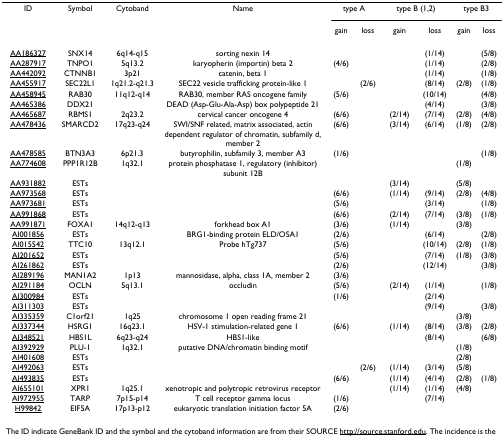
<table><thead><tr><td><b>ID</b></td><td><b>Symbol</b></td><td><b>Cytoband</b></td><td><b>Name</b></td><td colspan="2"><b>type A</b></td><td colspan="2"><b>type B (1,2)</b></td><td colspan="2"><b>type B3</b></td></tr><tr><td></td><td></td><td></td><td></td><td><b>gain</b></td><td><b>loss</b></td><td><b>gain</b></td><td><b>loss</b></td><td><b>gain</b></td><td><b>loss</b></td></tr></thead><tbody><tr><td>AA186327</td><td>SNX14</td><td>6q14-q15</td><td>sorting nexin 14</td><td></td><td></td><td></td><td>(1/14)</td><td></td><td>(5/8)</td></tr><tr><td>AA287917</td><td>TNPO1</td><td>5q13.2</td><td>karyopherin (importin) beta 2</td><td>(4/6)</td><td></td><td></td><td>(1/14)</td><td></td><td>(2/8)</td></tr><tr><td>AA442092</td><td>CTNNB1</td><td>3p21</td><td>catenin, beta 1</td><td></td><td></td><td></td><td>(1/14)</td><td></td><td>(1/8)</td></tr><tr><td>AA455917</td><td>SEC22L1</td><td>1q21.2-q21.3</td><td>SEC22 vesicle trafficking protein-like 1</td><td></td><td>(2/6)</td><td></td><td>(8/14)</td><td>(2/8)</td><td>(1/8)</td></tr><tr><td>AA458945</td><td>RAB30</td><td>11q12-q14</td><td>RAB30, member RAS oncogene family</td><td>(5/6)</td><td></td><td></td><td>(10/14)</td><td></td><td>(4/8)</td></tr><tr><td>AA465386</td><td>DDX21</td><td></td><td>DEAD (Asp-Glu-Ala-Asp) box polypeptide 21</td><td></td><td></td><td></td><td>(4/14)</td><td></td><td>(3/8)</td></tr><tr><td>AA465687</td><td>RBMS1</td><td>2q23.2</td><td>cervical cancer oncogene 4</td><td>(6/6)</td><td></td><td>(2/14)</td><td>(7/14)</td><td>(2/8)</td><td>(4/8)</td></tr><tr><td>AA478436</td><td>SMARCD2</td><td>17q23-q24</td><td>SWI/SNF related, matrix associated, actin dependent regulator of chromatin, subfamily d, member 2</td><td>(6/6)</td><td></td><td>(3/14)</td><td>(6/14)</td><td>(1/8)</td><td>(2/8)</td></tr><tr><td>AA478585</td><td>BTN3A3</td><td>6p21.3</td><td>butyrophilin, subfamily 3, member A3</td><td>(1/6)</td><td></td><td></td><td></td><td></td><td>(1/8)</td></tr><tr><td>AA774608</td><td>PPP1R12B</td><td>1q32.1</td><td>protein phosphatase 1, regulatory (inhibitor) subunit 12B</td><td></td><td></td><td></td><td></td><td>(1/8)</td><td></td></tr><tr><td>AA931882</td><td>ESTs</td><td></td><td></td><td></td><td></td><td>(3/14)</td><td></td><td>(5/8)</td><td></td></tr><tr><td>AA973568</td><td>ESTs</td><td></td><td></td><td>(6/6)</td><td></td><td>(1/14)</td><td>(9/14)</td><td>(2/8)</td><td>(4/8)</td></tr><tr><td>AA973681</td><td>ESTs</td><td></td><td></td><td>(5/6)</td><td></td><td></td><td>(3/14)</td><td></td><td>(1/8)</td></tr><tr><td>AA991868</td><td>ESTs</td><td></td><td></td><td>(6/6)</td><td></td><td>(2/14)</td><td>(7/14)</td><td>(3/8)</td><td>(1/8)</td></tr><tr><td>AA991871</td><td>FOXA1</td><td>14q12-q13</td><td>forkhead box A1</td><td>(3/6)</td><td></td><td>(1/14)</td><td></td><td>(3/8)</td><td></td></tr><tr><td>AI001856</td><td>ESTs</td><td></td><td>BRG1-binding protein ELD/OSA1</td><td>(2/6)</td><td></td><td></td><td>(6/14)</td><td></td><td>(2/8)</td></tr><tr><td>AI015542</td><td>TTC10</td><td>13q12.1</td><td>Probe hTg737</td><td>(5/6)</td><td></td><td></td><td>(10/14)</td><td>(2/8)</td><td>(1/8)</td></tr><tr><td>AI201652</td><td>ESTs</td><td></td><td></td><td>(5/6)</td><td></td><td></td><td>(7/14)</td><td>(1/8)</td><td>(3/8)</td></tr><tr><td>AI261862</td><td>ESTs</td><td></td><td></td><td>(2/6)</td><td></td><td></td><td>(12/14)</td><td></td><td>(3/8)</td></tr><tr><td>AI289196</td><td>MAN1A2</td><td>1p13</td><td>mannosidase, alpha, class 1A, member 2</td><td>(3/6)</td><td></td><td></td><td></td><td></td><td></td></tr><tr><td>AI291184</td><td>OCLN</td><td>5q13.1</td><td>occludin</td><td>(5/6)</td><td></td><td>(2/14)</td><td>(1/14)</td><td></td><td>(1/8)</td></tr><tr><td>AI300984</td><td>ESTs</td><td></td><td></td><td>(1/6)</td><td></td><td></td><td>(2/14)</td><td></td><td></td></tr><tr><td>AI311303</td><td>ESTs</td><td></td><td></td><td></td><td></td><td></td><td>(9/14)</td><td></td><td>(3/8)</td></tr><tr><td>AI335359</td><td>C1orf21</td><td>1q25</td><td>chromosome 1 open reading frame 21</td><td></td><td></td><td></td><td></td><td>(3/8)</td><td></td></tr><tr><td>AI337344</td><td>HSRG1</td><td>16q23.1</td><td>HSV-1 stimulation-related gene 1</td><td>(6/6)</td><td></td><td>(1/14)</td><td>(8/14)</td><td>(3/8)</td><td>(2/8)</td></tr><tr><td>AI348521</td><td>HBS1L</td><td>6q23-q24</td><td>HBS1-like</td><td></td><td></td><td></td><td>(8/14)</td><td></td><td>(6/8)</td></tr><tr><td>AI392929</td><td>PLU-1</td><td>1q32.1</td><td>putative DNA/chromatin binding motif</td><td></td><td></td><td></td><td></td><td>(1/8)</td><td></td></tr><tr><td>AI401608</td><td>ESTs</td><td></td><td></td><td></td><td></td><td></td><td></td><td>(2/8)</td><td></td></tr><tr><td>AI492063</td><td>ESTs</td><td></td><td></td><td></td><td>(2/6)</td><td>(1/14)</td><td>(3/14)</td><td>(5/8)</td><td></td></tr><tr><td>AI493835</td><td>ESTs</td><td></td><td></td><td>(6/6)</td><td></td><td>(1/14)</td><td>(4/14)</td><td>(2/8)</td><td>(1/8)</td></tr><tr><td>AI655101</td><td>XPR1</td><td>1q25.1</td><td>xenotropic and polytropic retrovirus receptor</td><td></td><td></td><td>(1/14)</td><td>(1/14)</td><td>(4/8)</td><td></td></tr><tr><td>AI972955</td><td>TARP</td><td>7p15-p14</td><td>T cell receptor gamma locus</td><td>(1/6)</td><td></td><td></td><td>(7/14)</td><td></td><td></td></tr><tr><td>H99842</td><td>EIF5A</td><td>17p13-p12</td><td>eukaryotic translation initiation factor 5A</td><td>(2/6)</td><td></td><td></td><td></td><td></td><td></td></tr></tbody></table>